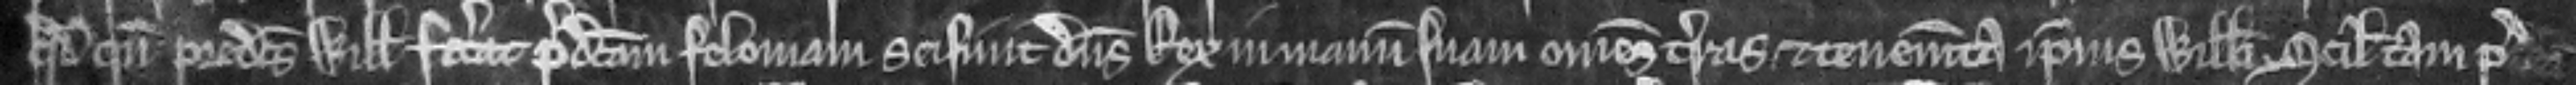
quod quando predictus Willelmus fecerat predictam feloniam seisiuit dominus Rex in manum suam omnes terras et tenementa ipsius Willelmi scilicet tam pre